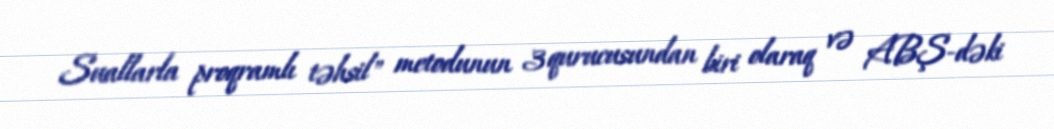
Suallarla proqramlı təhsil" metodunun 3 qurucusundan biri olaraq və ABŞ-dəki